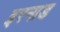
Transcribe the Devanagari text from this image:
इरनाड